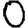
Digit: 0